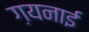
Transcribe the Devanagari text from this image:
ग़यनाई